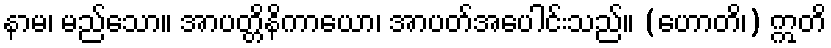
နာမ၊ မည်သော။ အာပတ္တိနိကာယော၊ အာပတ်အပေါင်းသည်။ (ဟောတိ၊) ဣတိ